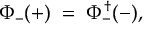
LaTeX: \Phi _ { - } ( + ) \; = \; \Phi _ { - } ^ { \dagger } ( - ) ,